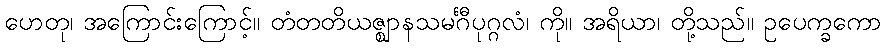
ဟေတု၊ အကြောင်းကြောင့်။ တံတတိယဇ္ဈာနသမင်္ဂီပုဂ္ဂလံ၊ ကို။ အရိယာ၊ တို့သည်။ ဥပေက္ခကော